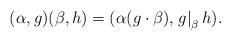
LaTeX: \begin{align*}(\alpha, g)(\beta, h) = (\alpha(g\cdot \beta), \left.g\right|_\beta h).\end{align*}